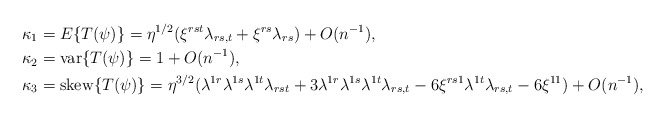
\begin{align*}\kappa_1&=E\{T(\psi)\}=\eta^{1/2}(\xi^{rst}\lambda_{rs,t}+\xi^{rs}\lambda_{rs})+O(n^{-1}),\\\kappa_2&={\rm var}\{T(\psi)\}=1+O(n^{-1}),\\\kappa_3&={\rm skew}\{T(\psi)\}=\eta^{3/2}(\lambda^{1r}\lambda^{1s}\lambda^{1t}\lambda_{rst}+3\lambda^{1r}\lambda^{1s}\lambda^{1t}\lambda_{rs,t}-6\xi^{rs1}\lambda^{1t}\lambda_{rs,t}-6\xi^{11})+O(n^{-1}),\end{align*}